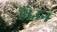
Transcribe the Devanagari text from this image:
हैं।उन